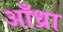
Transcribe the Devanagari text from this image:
आँध्रा